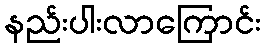
နည်းပါးလာကြောင်း